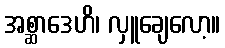
အစ္ဆာဒေဟိ၊ လှူချေလော့။